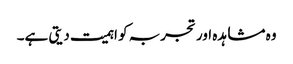
وہ مشاہدہ اور تجربہ کو اہمیت دیتی ہے۔